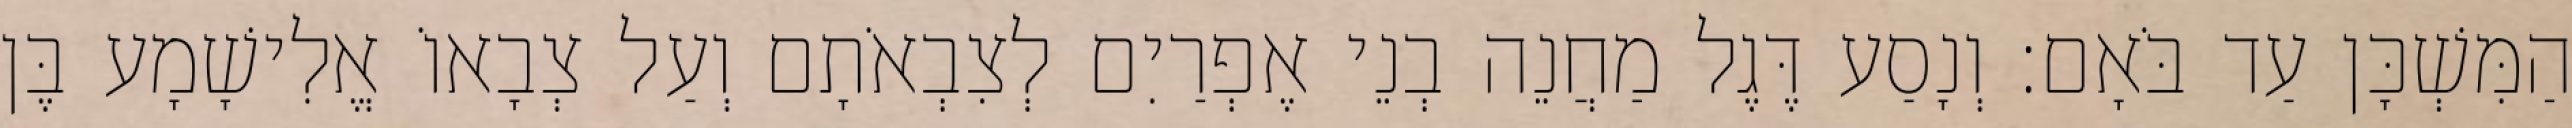
הַמִּשְׁכָּן עַד בֹּאָם׃ וְנָסַע דֶּגֶל מַחֲנֵה בְנֵי אֶפְרַיִם לְצִבְאֹתָם וְעַל צְבָאוֹ אֱלִישָׁמָע בֶּן